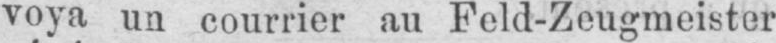
voya un courrier au Feld-Zeugmeister